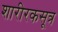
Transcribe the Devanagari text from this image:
शारीरकसूत्र